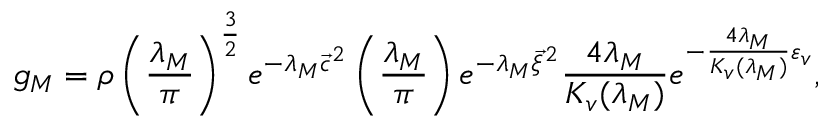
g _ { M } = \rho \left( \frac { \lambda _ { M } } { \pi } \right) ^ { \frac { 3 } { 2 } } e ^ { - \lambda _ { M } { \vec { c } } ^ { 2 } } \left( \frac { \lambda _ { M } } { \pi } \right) e ^ { - \lambda _ { M } { \vec { \xi } } ^ { 2 } } \frac { 4 \lambda _ { M } } { K _ { v } ( \lambda _ { M } ) } e ^ { - \frac { 4 \lambda _ { M } } { K _ { v } ( \lambda _ { M } ) } \varepsilon _ { v } } ,